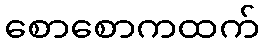
စောစောကထက်